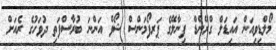
މޯލްޑިވިއަން އައިޑަލް ގްރޭންޑް ފިނާލޭގެ ޕަރފޯމަންސް ޝޯވް އަންނަ ބުރާސްފަތި ދުވަހުގެ ރެއަށް